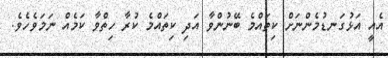
އެއީ އަޅުގަނޑުމެންނަށް ކިތައްމެ ބޭނުންވާ އަދި ކިތައްމެ ކުރާ ހިތްވާ ކަމެއް ނަމަވެހެވެ.